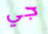
جي